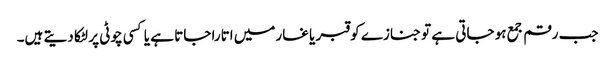
جب رقم جمع ہو جاتی ہے تو جنازے کو قبر یا غارمیں اتارا جاتا ہے یا کسی چوٹی پر لٹکا دیتے ہیں۔